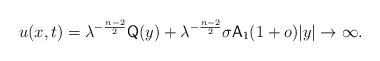
LaTeX: \begin{align*} u(x,t) = \lambda^{-\frac{n-2}{2}}{\sf Q}(y) + \lambda^{-\frac{n-2}{2}}\sigma {\sf A}_1 (1+o) |y|\to\infty. \end{align*}